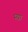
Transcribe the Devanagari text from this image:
म्खा